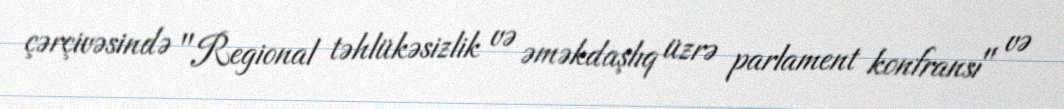
çərçivəsində "Regional təhlükəsizlik və əməkdaşlıq üzrə parlament konfransı" və